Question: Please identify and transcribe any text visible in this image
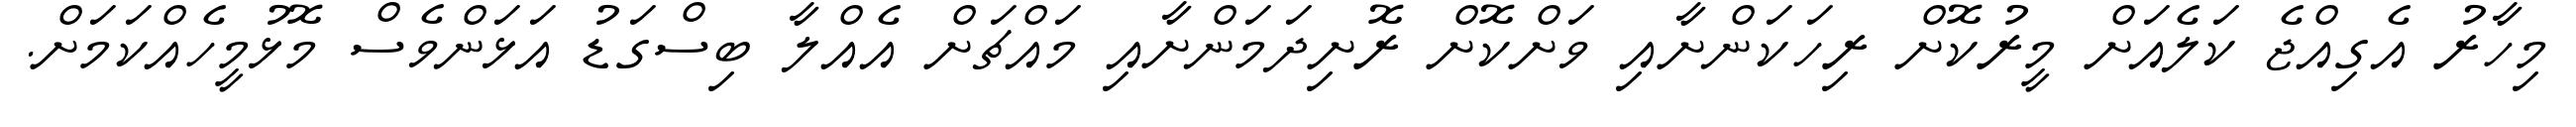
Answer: މިހާރު އެގިއްޖެ ކަލެއަށް މީރުކޮށް ރިހަކަންށާއި ވަށްކޮށް ރޮށިދަމަންށާއި މައްޗަށް އެއްލާ ބިސްގަޑު އަޅަންވެސް މޮޅުމީހެއްކަމަށް.